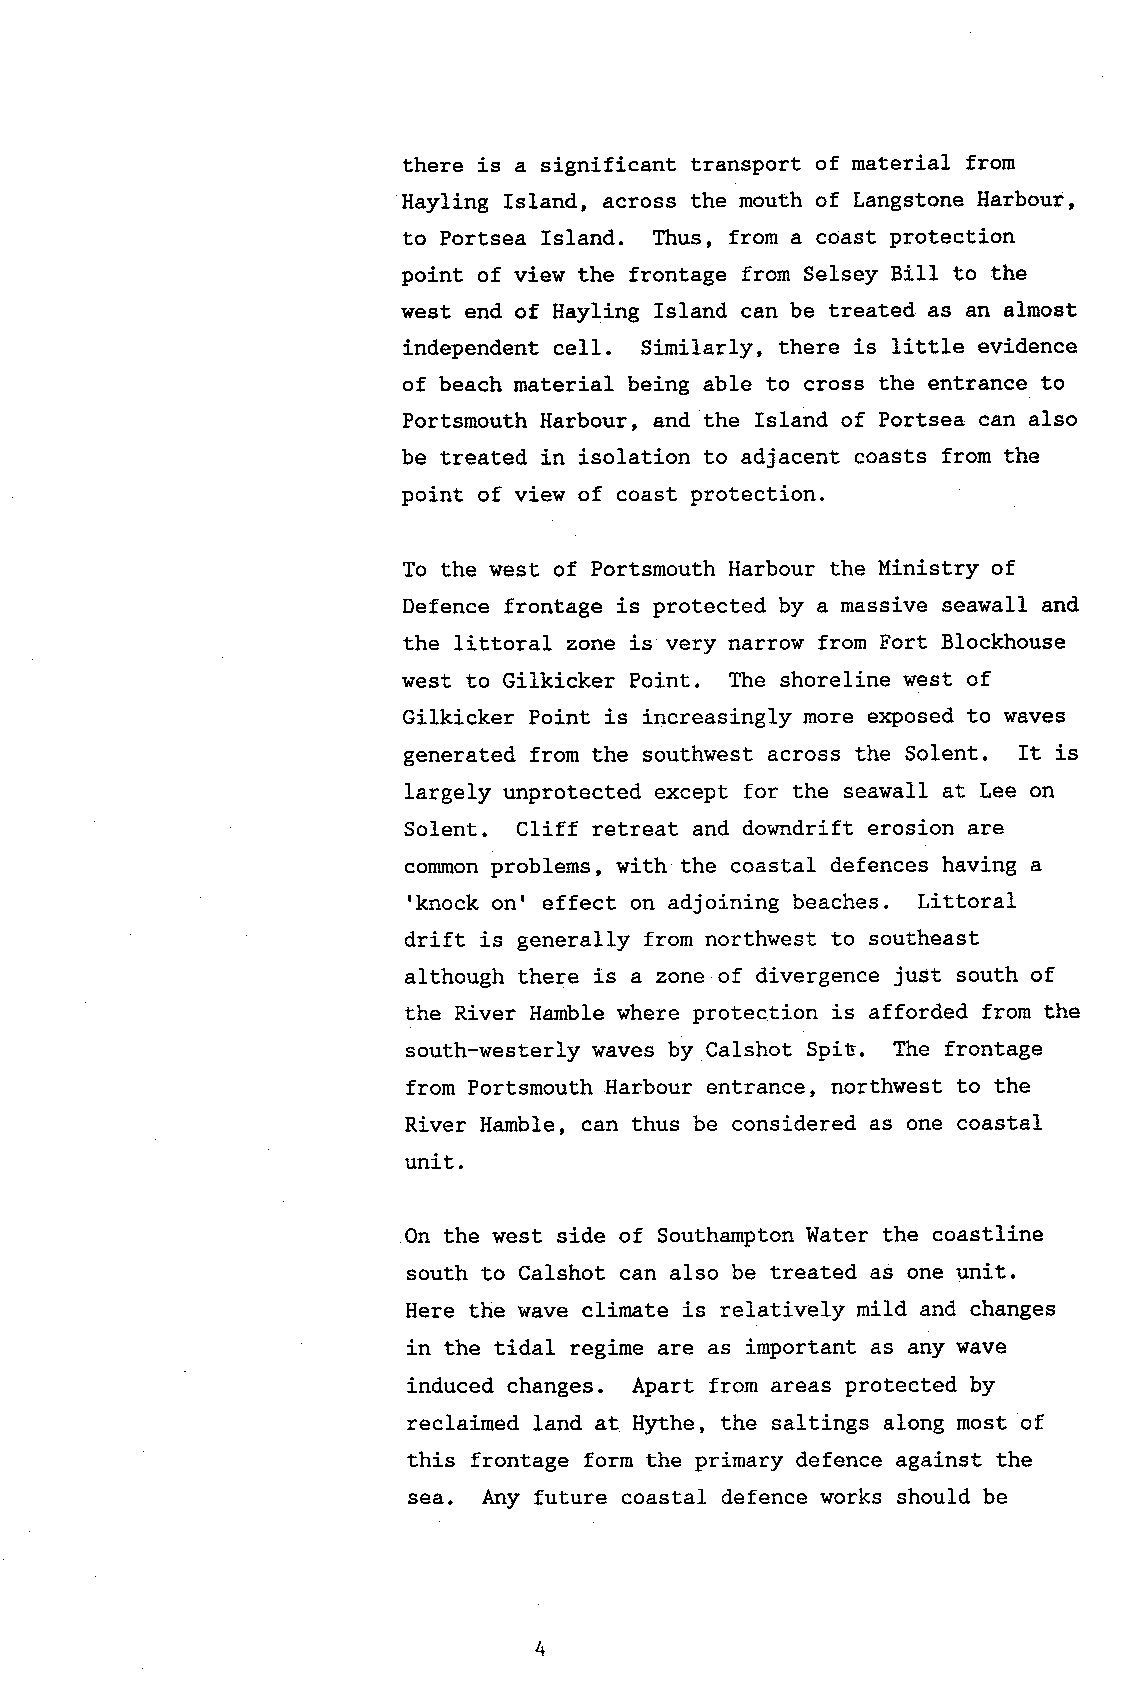
there is a significant transport of material from
 Hayling Island, across the mouth of Langstone Harbour,
 to Portsea Island. Thus, from a coast protection
 point of view the frontage from Selsey BiIl to the
 west end of Hayling Island can be treated as an almost
 independent cell. Si-mi1ar1y, there is little evidence
 of beach material being able to cross the entrance to
 Portsmouth Harbour, and the Island of Portsea can also
 be treated in isolation to adjacent coasts from the
 point of view of coast protection.
 To the west of Portsmouth Harbour the Ministry of
 Defence frontage is protected by a massive seawall and
 the littoral zone is very narrow from Fort Blockhouse
 west to Gilkicker Point. The shoreline west of
 Gilkicker Point is increasingly more exposed to waves
 generated fron the southwest across the Solent. It is
 largely unprotected except for the seawall at Lee on
 Solent. C1iff retreat and downdrift erosion are
 commonp roblems, with the coastal defences having a
 'knock
 on' effect on adjoining beaches. Littoral
 drift is generally from northwest to southeast
 although there is a zone of divergence just south of
 the River Hamble where protection is afforded from the
 south-westerly waves by Calshot Spit. The frontage
 from Portsmouth Harbour entrance, northwest to the
 River Hamble, can thus be considered as one coastal
 unit.
 On the west side of Southampton Water the coastline
 south to Calshot can also be treated as one unit.
 Here the wave climate is relatively mild and changes
 in the tidal regime are as important as any wave
 induced changes. Apart from areas protected by
 reclaimed land at Hythe, Lhe saltings along most of
 this frontage form the primary defence against the
 sea. Any future coastal defence works should be